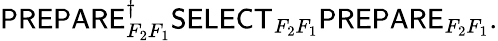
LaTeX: \begin{array}{r}{\mathsf{PREPARE}_{F_{2}F_{1}}^{\dagger}\mathsf{SELECT}_{F_{2}F_{1}}\mathsf{PREPARE}_{F_{2}F_{1}}.}\end{array}